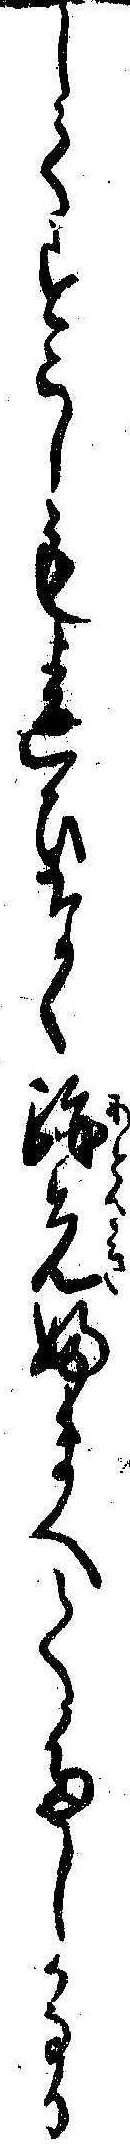
してすこしも違ひなく跡先ふまへてたしかなる